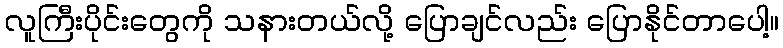
လူကြီးပိုင်းတွေကို သနားတယ်လို့ ပြောချင်လည်း ပြောနိုင်တာပေါ့။